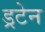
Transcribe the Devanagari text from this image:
ड्रटेन